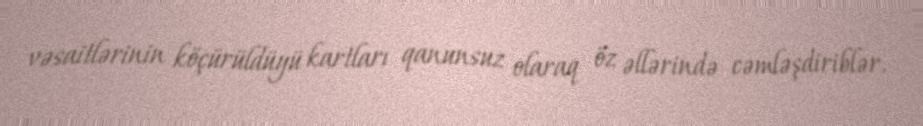
vəsaitlərinin köçürüldüyü kartları qanunsuz olaraq öz əllərində cəmləşdiriblər.